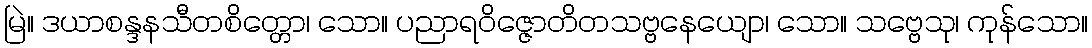
မြဲ။ ဒယာစန္ဒနသီတစိတ္တော၊ သော။ ပညာရဝိဇ္ဇောတိတသဗ္ဗနေယျော၊ သော။ သဗ္ဗေသု၊ ကုန်သော။